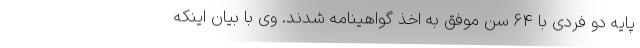
پایه دو فردی با 64 سن موفق به اخذ گواهینامه شدند. وی با بیان اینکه